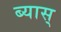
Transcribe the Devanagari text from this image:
ब्यास्